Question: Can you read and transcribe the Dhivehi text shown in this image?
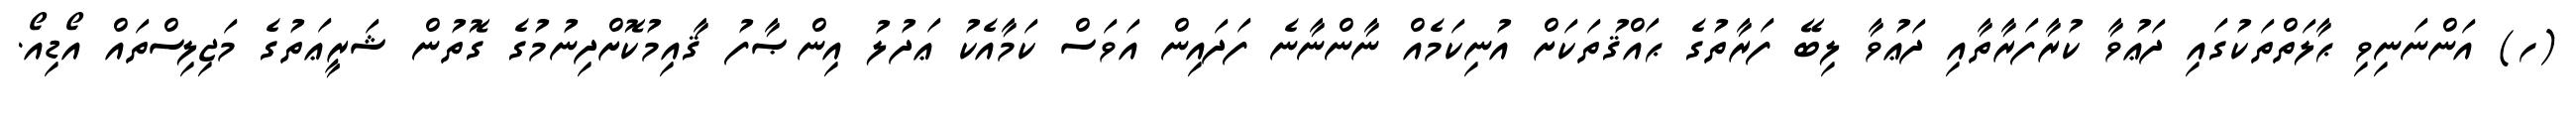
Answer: (ހ) އަންނަނިވި ޙާލަތްތަކުގައި ދަޢުވާ ކުރާފަރާތާއި ދަޢުވާ ލިބޭ ފަރާތުގެ ޙައްޤުތަކަށް އުނިކަމެއް ނާންނާނެ ފަދައިން އަވަސް ކަމާއެކު ޢަދުލު އިންޞާފު ޤާއިމުކޮށްދިނުމުގެ ގޮތުން ޝަރީޢަތުގެ މަޖިލިސްތައް އޯޑިއޯ.